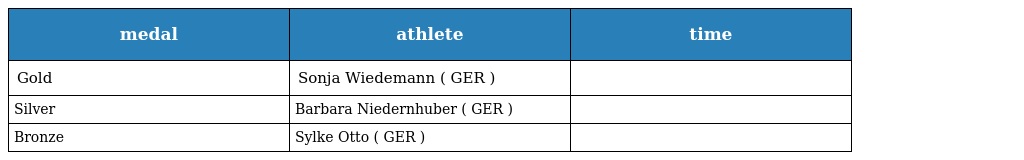
| medal | athlete | time |
 | --- | --- | --- |
 | Gold | Sonja Wiedemann ( GER ) |  |
 | Silver | Barbara Niedernhuber ( GER ) |  |
 | Bronze | Sylke Otto ( GER ) |  |